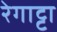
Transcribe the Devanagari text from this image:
रेगाट्टा